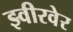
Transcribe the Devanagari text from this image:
झ्वीरवेर